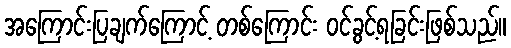
အကြောင်းပြချက်ကြောင့် တစ်ကြောင်း ဝင်ခွင့်ရခြင်းဖြစ်သည်။